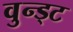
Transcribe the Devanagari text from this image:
वुन्ड्ट